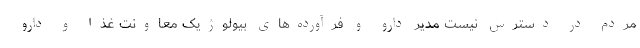
مردم در دسترس نیست مدیر دارو و فرآورده‌های بیولوژیک معاونت غذا و دارو